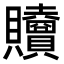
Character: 𧹎